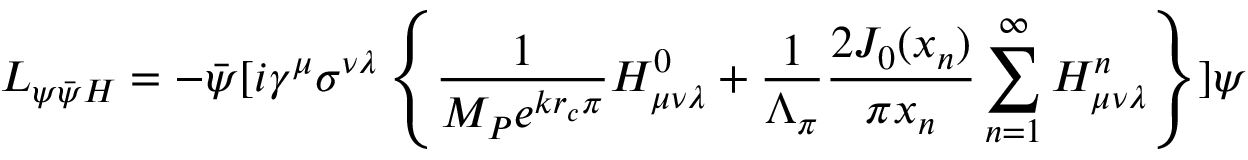
{ \cal L } _ { \psi \bar { \psi } H } = - \bar { \psi } [ i \gamma ^ { \mu } \sigma ^ { \nu \lambda } \left\{ \frac { 1 } { M _ { P } e ^ { k r _ { c } \pi } } H _ { \mu \nu \lambda } ^ { 0 } + \frac { 1 } { \Lambda _ { \pi } } \frac { 2 J _ { 0 } ( x _ { n } ) } { \pi x _ { n } } \sum _ { n = 1 } ^ { \infty } H _ { \mu \nu \lambda } ^ { n } \right\} ] \psi